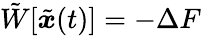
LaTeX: \tilde{W}[\tilde{{\boldsymbol{x}}}(t)]=-\Delta F